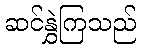
ဆင်နွှဲကြသည်